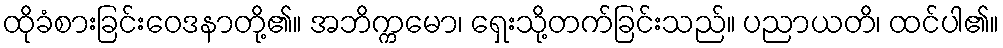
ထိုခံစားခြင်းဝေဒနာတို့၏။ အဘိက္ကမော၊ ရှေးသို့တက်ခြင်းသည်။ ပညာယတိ၊ ထင်ပါ၏။